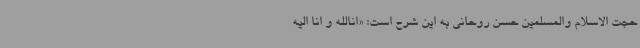
حجت الاسلام والمسلمین حسن روحانی به این شرح است: «انالله و انا الیه